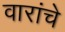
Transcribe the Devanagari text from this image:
वारांचे